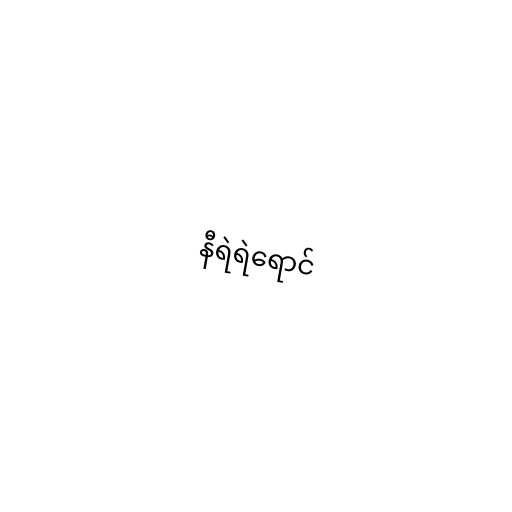
နီရဲရဲရောင်